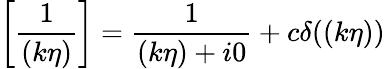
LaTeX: \left[\frac{1}{(k\eta)}\right]=\frac{1}{(k\eta)+i0}+c\delta((k\eta))